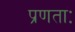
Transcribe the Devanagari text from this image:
प्रणताः